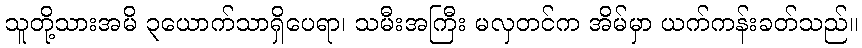
သူတို့သားအမိ ၃ယောက်သာရှိပေရာ၊ သမီးအကြီး မလှတင်က အိမ်မှာ ယက်ကန်းခတ်သည်။